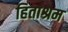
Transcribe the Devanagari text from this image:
हिताश्रम